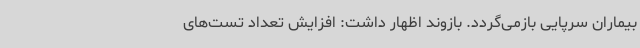
بیماران سرپایی بازمی‌گردد. بازوند اظهار داشت: افزایش تعداد تست‌های